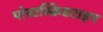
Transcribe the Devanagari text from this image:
पोस्टस्क्रिप्टटाइप